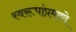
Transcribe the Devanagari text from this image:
स्वरूपांप्रमाणे